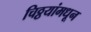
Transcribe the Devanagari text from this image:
चिठ्ठयांमधून